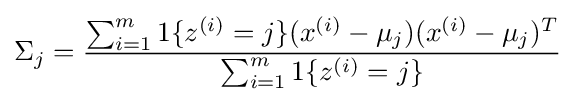
\Sigma _{j}={\frac {\sum _{i=1}^{m}1\{z^{(i)}=j\}(x^{(i)}-\mu _{j})(x^{(i)}-\mu _{j})^{T}}{\sum _{i=1}^{m}1\{z^{(i)}=j\}}}